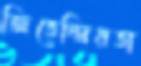
জিতেন্দ্রিয়তা